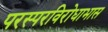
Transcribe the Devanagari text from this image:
परस्परविरोधाभास